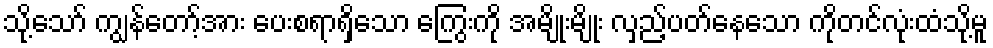
သို့သော် ကျွန်တော့်အား ပေးစရာရှိသော ကြွေးကို အမျိုးမျိုး လှည့်ပတ်နေသော ကိုတင်လုံးထံသို့မူ